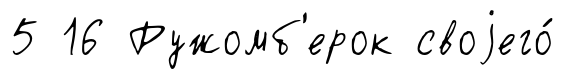
5 16 Ружомб'ерок своjего́